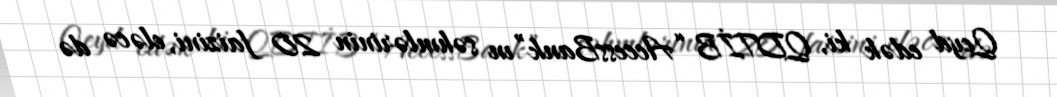
Qeyd edək ki, QDTİB “AccessBank”ın səhmlərinin 20 faizini, eləcə də